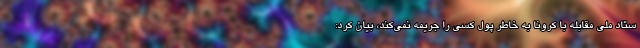
ستاد ملی مقابله با کرونا به خاطر پول کسی را جریمه نمی‌کند، بیان کرد: